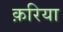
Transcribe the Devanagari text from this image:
क़रिया